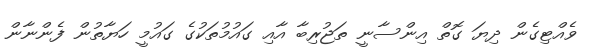
ވެއްޓިގެން ދިޔަ ގޮތް އިންސާނީ ތަޖުރިބާ އާއި ގައުމުތަކުގެ ގައުމީ ހަޔާތުން ފެންނާން